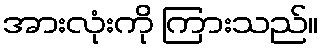
အားလုံးကို ကြားသည်။